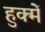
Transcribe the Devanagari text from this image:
हुक्में